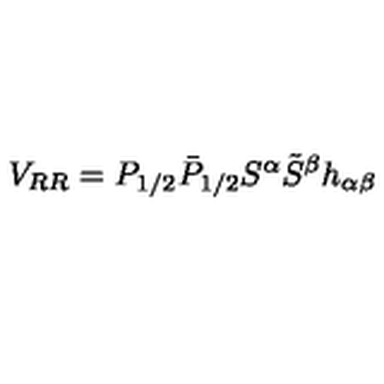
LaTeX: V _ { R R } = P _ { 1 / 2 } \bar { P } _ { 1 / 2 } S ^ { \alpha } \tilde { S } ^ { \beta } h _ { \alpha \beta }